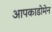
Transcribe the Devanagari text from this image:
आपकाडोमेन